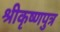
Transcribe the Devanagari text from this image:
श्रीकृष्णपुत्र